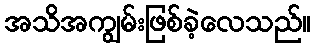
အသိအကျွမ်းဖြစ်ခဲ့လေသည်။